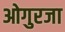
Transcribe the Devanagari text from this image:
ओगुरजा